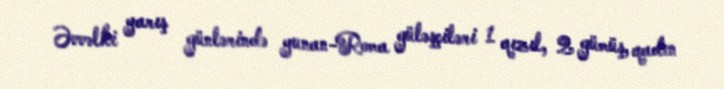
Əvvəlki yarış günlərində yunan-Roma güləşçiləri 1 qızıl, 2 gümüş, qadın